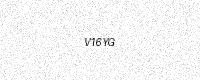
Text: V16YG